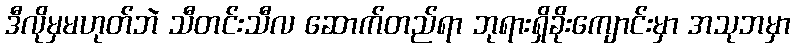
ဒီလိုမှမဟုတ်ဘဲ သီတင်းသီလ ဆောက်တည်ရာ ဘုရားရှိခိုးကျောင်းမှာ အသုဘမှာ